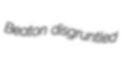
Beaton disgruntled